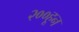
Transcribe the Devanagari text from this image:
२००हून